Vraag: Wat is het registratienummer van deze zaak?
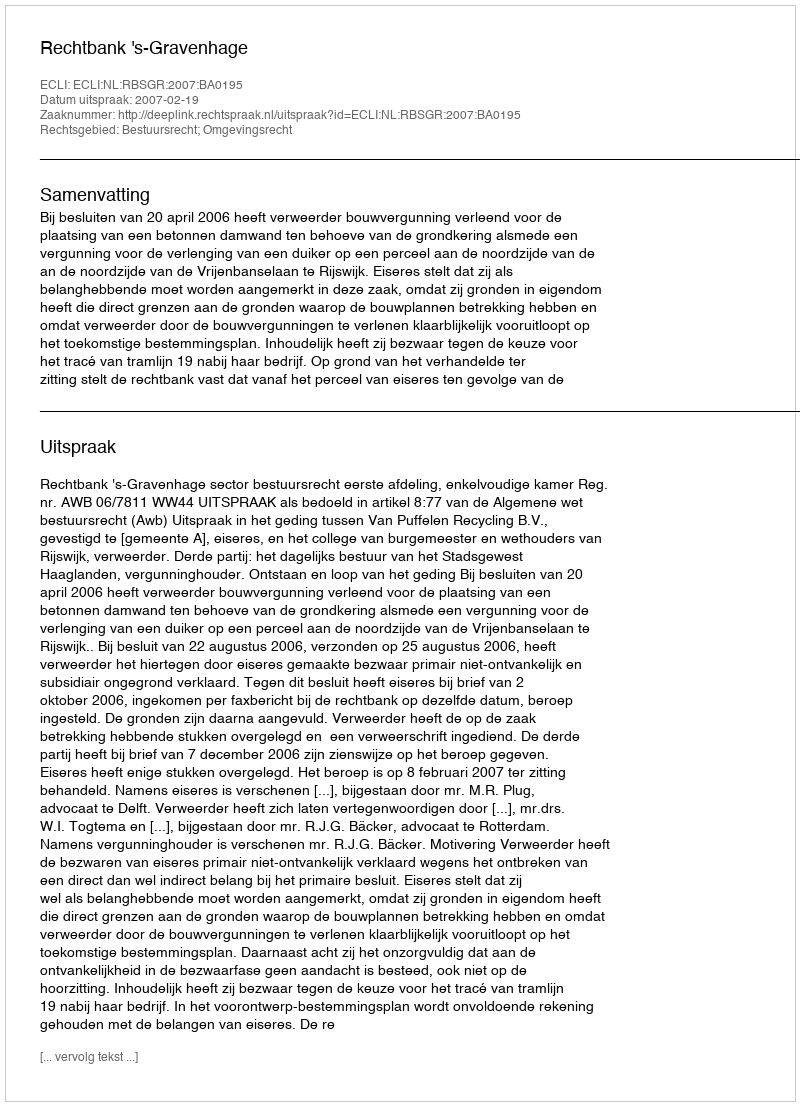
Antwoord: http://deeplink.rechtspraak.nl/uitspraak?id=ECLI:NL:RBSGR:2007:BA0195